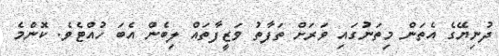
ދުނިޔޭގެ އެތަން މިތަނުގައި ވަރަށް ތަފާތު ވަޒީފާތައް ލިބެން އެބަ ހުއްޓެވެ. ކޮންމެ